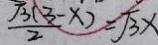
\frac { \sqrt { 3 } ( 3 - x ) } { 2 } = \sqrt { 3 } x